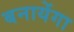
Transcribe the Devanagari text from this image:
बनायेंगा